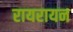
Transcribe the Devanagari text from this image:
रायरायन